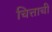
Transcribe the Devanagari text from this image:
चित्ताची